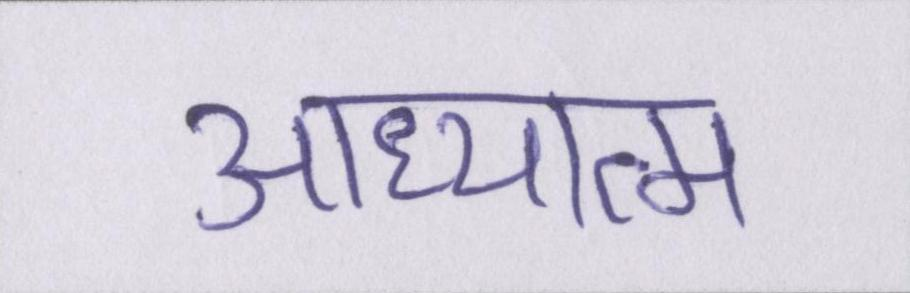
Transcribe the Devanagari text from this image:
आध्यात्म